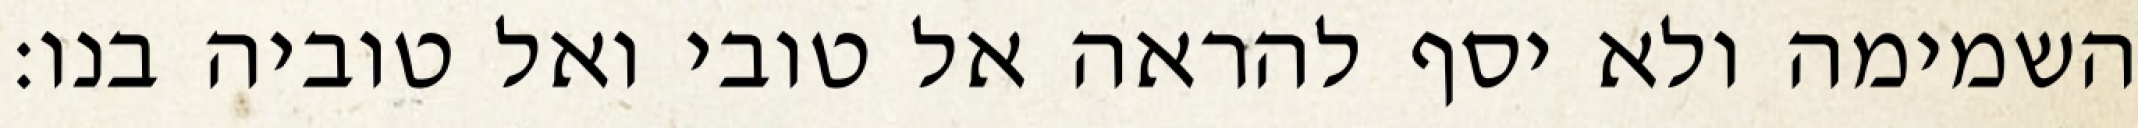
השמימה ולא יסף להראה אל טובי ואל טוביה בנו: